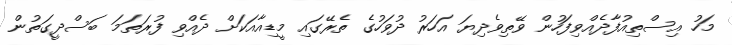
މަހު އިސްތިއުފާދެއްވިފަހުން ވޭތިވެދިޔަ އަހަރު ދުވަހުގެ ތެރޭގައި މީޑިއާއަކަށް ދެއްވި ފުރަތަމަ ބަސްދީގަތުން